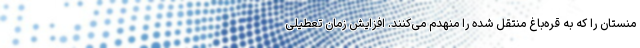
منستان را که به قره‌باغ منتقل شده را منهدم می‌کنند. افزایش زمان تعطیلی